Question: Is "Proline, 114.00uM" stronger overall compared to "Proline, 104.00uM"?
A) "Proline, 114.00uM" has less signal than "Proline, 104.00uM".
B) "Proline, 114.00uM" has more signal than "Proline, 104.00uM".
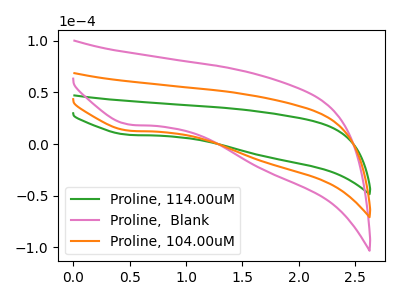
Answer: <think>The green curve "Proline, 114.00uM" has a cathodic peak at: (0.50V, 8.90uA). The pink curve "Proline,  Blank" has a cathodic peak at: (0.50V, 25.90uA). The orange curve "Proline, 104.00uM" has a cathodic peak at: (0.50V, 12.95uA).
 All the peaks in "Proline, 114.00uM" have a peak in "Proline, 104.00uM" at the same potential. Every peak in "Proline, 114.00uM" is higher than every peak in "Proline, 104.00uM".</think>
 <answer>B) "Proline, 114.00uM" has more signal than "Proline, 104.00uM".</answer>
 <eval>B</eval>